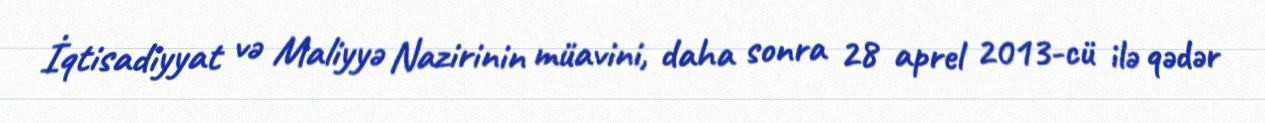
İqtisadiyyat və Maliyyə Nazirinin müavini, daha sonra 28 aprel 2013-cü ilə qədər